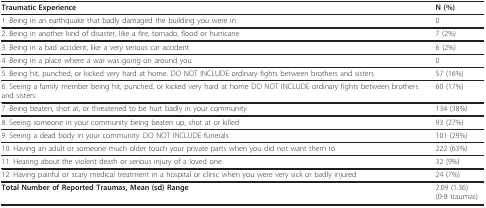
| Traumatic Experience | N (%) |
 | --- | --- |
 | 1. Being in an earthquake that badly damaged the building you were in | 0 |
 | 2. Being in another kind of disaster, like a fire, tornado, flood or hurricane | 7 (2%) |
 | 3. Being in a bad accident, like a very serious car accident | 6 (2%) |
 | 4. Being in a place where a war was going on around you | 0 |
 | 5. Being hit, punched, or kicked very hard at home. DO NOT INCLUDE ordinary fights between brothers and sisters | 57 (16%) |
 | 6. Seeing a family member being hit, punched, or kicked very hard at home DO NOT INCLUDE ordinary fights between brothers and sisters | 60 (17%) |
 | 7. Being beaten, shot at, or threatened to be hurt badly in your community | 134 (38%) |
 | 8. Seeing someone in your community being beaten up, shot at or killed | 93 (27%) |
 | 9. Seeing a dead body in your community. DO NOT INCLUDE funerals | 101 (29%) |
 | 10. Having an adult or someone much older touch your private parts when you did not want them to | 222 (63%) |
 | 11. Hearing about the violent death or serious injury of a loved one | 32 (9%) |
 | 12. Having painful or scary medical treatment in a hospital or clinic when you were very sick or badly injured | 24 (7%) |
 | Total Number of Reported Traumas, Mean (sd) Range | 2.09 (1.36)(0-8 traumas) |